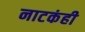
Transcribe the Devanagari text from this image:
नाटकंही